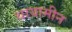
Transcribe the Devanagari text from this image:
थायामीन